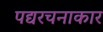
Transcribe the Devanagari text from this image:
पद्यरचनाकार